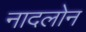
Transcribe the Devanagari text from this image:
नादलोन